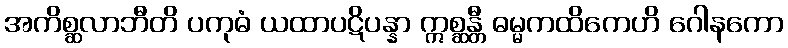
အကိစ္ဆလာဘီတိ ပကုဓံ ယထာပဋိပန္နာ ဣစ္ဆန္တီ ဓမ္မကထိကေဟိ ဂေါနကော